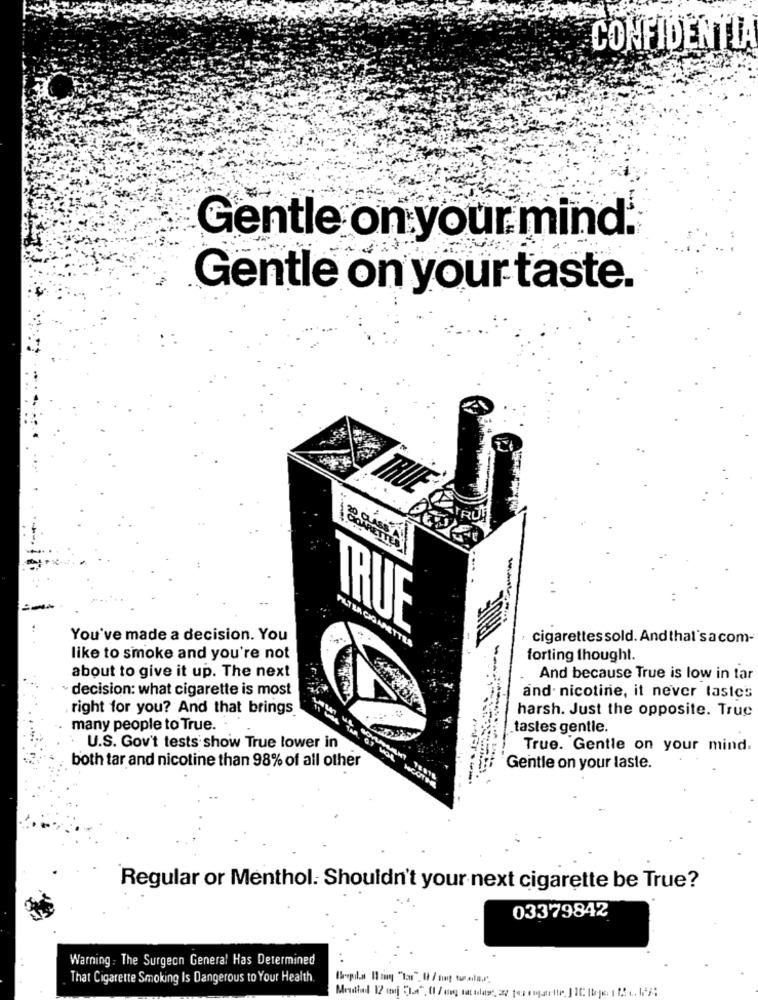
CONFIDENTE
Gentle on your mind.
Gentle on your taste.
TRUE
You've made a decision. You
FILTER COMMETTEA
cigarettes sold. And that sacom-
like to smoke and you're not
forting thought.
about to give it up. The next
And because True is low in tar
decision: what cigarette is most
and nicotine, it never lastes
right for you? And that brings
harsh. Just the opposite. True
many people to True.
tastes gentle.
U.S. Gov't tests show True lower in
True. Gentle on your mind.
both tar and nicotine than 98% of all other
Gentle on your laste.
Regular or Menthol. Shouldn't your next cigarette be True?
03379842
Warning : The Surgeon General Has Determined
That Cigarette Smoking Is Dangerous to Your Health.